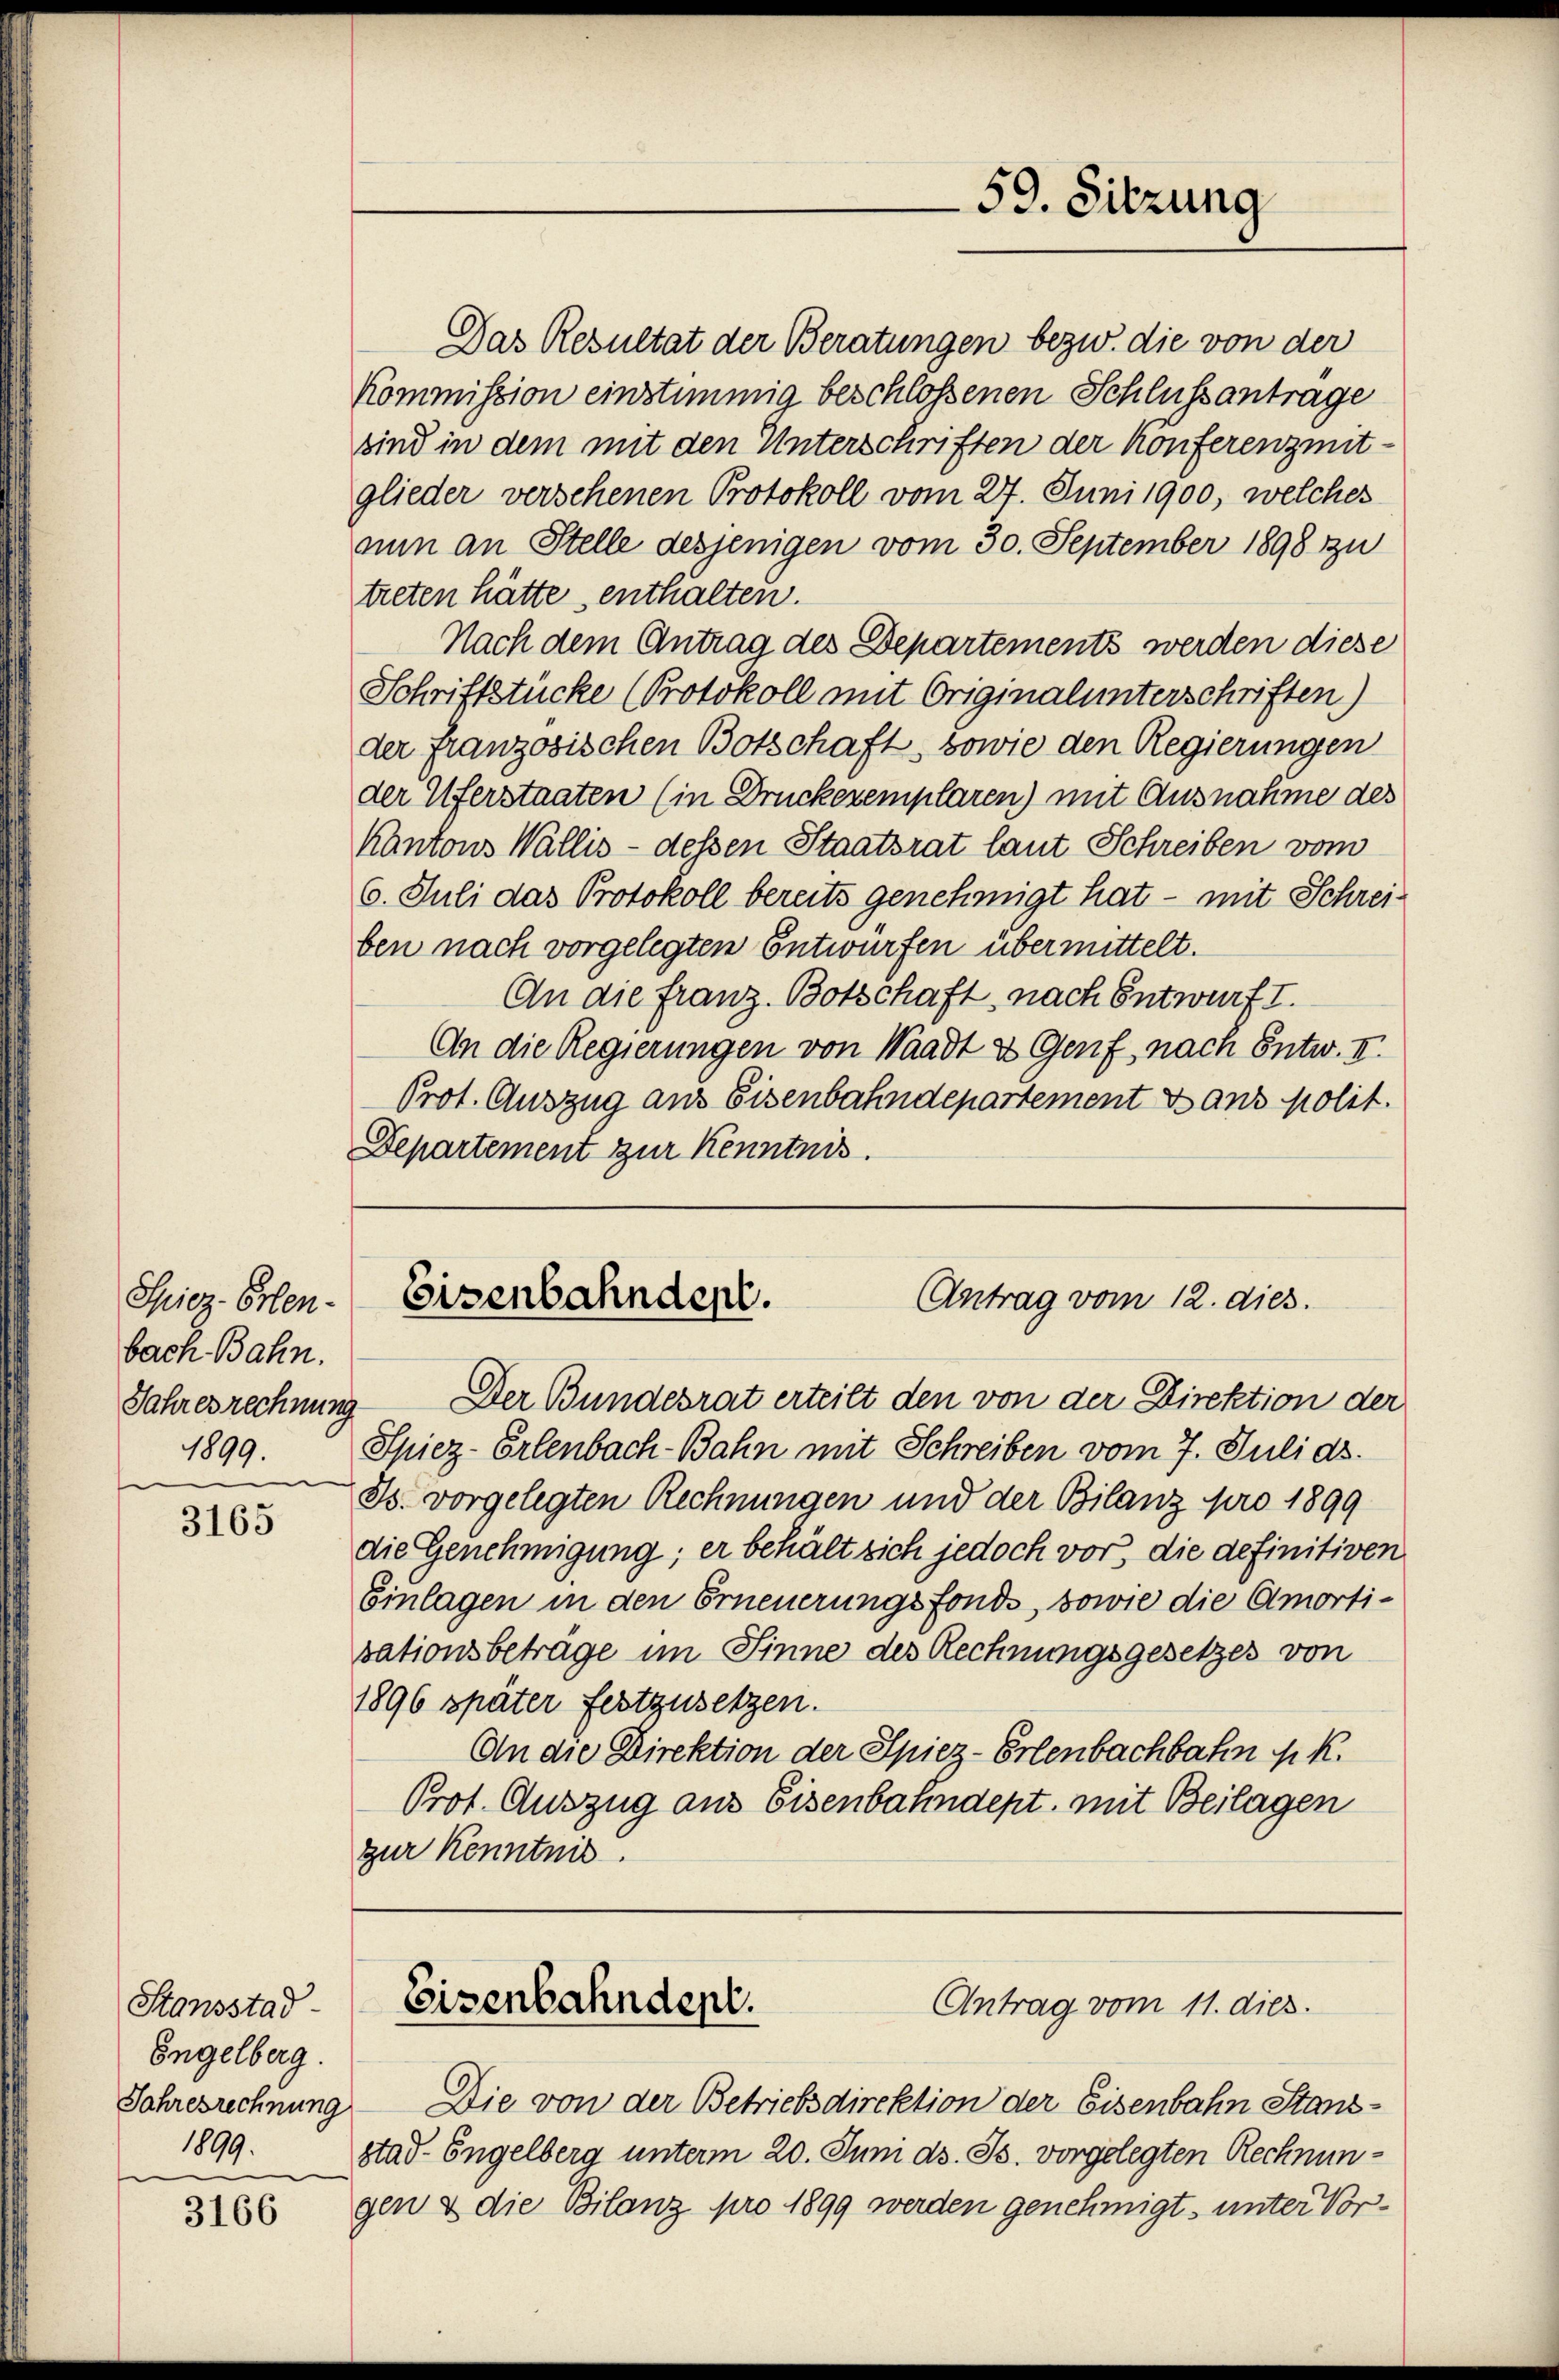
59. Sitzung

Das Resultat der Beratungen bezw. die von der
Kommission einstimmig beschlossenen Schlussantrage
sind in dem mit den Unterschriften der Konferenz mitglieder versehenen Protokoll vom 27. Juni 1900, welches
nun an Stelle desjenigen vom 30. September 1898 zu
treten hätte, enthalten.
Nach dem Antrag des Departements werden diese
Schriftstücke (Protokoll mit Originalunterschriften)
der französischen Botschaft, sowie den Regierungen
der Uferstaaten (in Druckeremplaren) mit Ausnahme des
Kantons Wallis - dessen Staatsrat laut Schreiben vom
6. Juli das Protokoll bereits genehmigt hat - mit Schreiben nach vorgelegten Entwürfen übermittelt.
An die franz. Botschaft, nach Entwurf I.
An die Regierungen von Waadt & Genf, nach Entw. II.
Prot. Auszug aus Eisenbahndepartement Dans polit.
Departement zur Kenntnis.

Eisenbahndent.
Antrag vom 12. dies.

Spiez. Erlen-
bach Bahn.
1899.

Jahresrechnung. Der Bundesrat erteilt den von der Direktion der
Spiez-Erlenbach-Bahn mit Schreiben vom 7. Juli ds.
Is. vorgelegten Rechnungen und der Bilanz pro 1899
die Genehmigung; er behält sich jedoch vor, die definitiven
Einlagen in den Erneuerungsfonds, sowie die Amortivationsbeträge im Sinne des Rechnungsgesetzes von
1896 später festzusetzen.
An die Direktion der Spiez-Erlenbachbahn k. k.
Prot. Auszug aus Eisenbahndept, mit Beilagen
zur Kenntnis.

3165

Eisenbahndent.
Antrag vom 11. dies.

Stansstad
Engelberg.
1899.

Sohresrechnung. — Die von der Betriebsdirektion der Eisenbahn Stansstad-Engelberg unterm 20. Juni d. Js. vorgelegten Rechnungen & die Bilanz pro 1899 werden genehmigt, unter Vor¬

3166